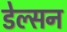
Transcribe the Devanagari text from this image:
डेल्सन